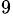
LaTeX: ^{9}